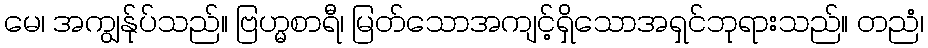
မေ၊ အကျွန်ုပ်သည်။ ဗြဟ္မစာရီ၊ မြတ်သောအကျင့်ရှိသောအရှင်ဘုရားသည်။ တညံ၊